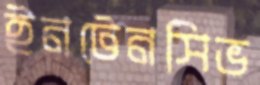
ইনটেনসিভ